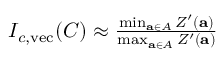
\begin{array} { r } { I _ { c , \mathrm { v e c } } ( C ) \approx \frac { \operatorname* { m i n } _ { \mathbf { a } \in A } Z ^ { \prime } ( \mathbf { a } ) } { \operatorname* { m a x } _ { \mathbf { a } \in A } Z ^ { \prime } ( \mathbf { a } ) } } \end{array}